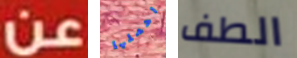
عن احملها الطف